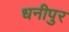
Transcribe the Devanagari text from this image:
धनीपुर